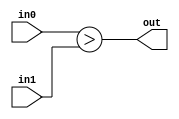
module coreir_ugt #(
    parameter width = 1
) (
    input [width-1:0] in0,
    input [width-1:0] in1,
    output out
);
  assign out = in0 > in1;
endmodule

module coreir_ugt4_wrapped (
    input [3:0] I0,
    input [3:0] I1,
    output O
);
wire coreir_ugt4_inst0_out;
coreir_ugt #(
    .width(4)
) coreir_ugt4_inst0 (
    .in0(I0),
    .in1(I1),
    .out(coreir_ugt4_inst0_out)
);
assign O = coreir_ugt4_inst0_out;
endmodule